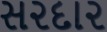
સ૨દા૨